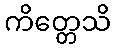
ကိတ္တေသိ